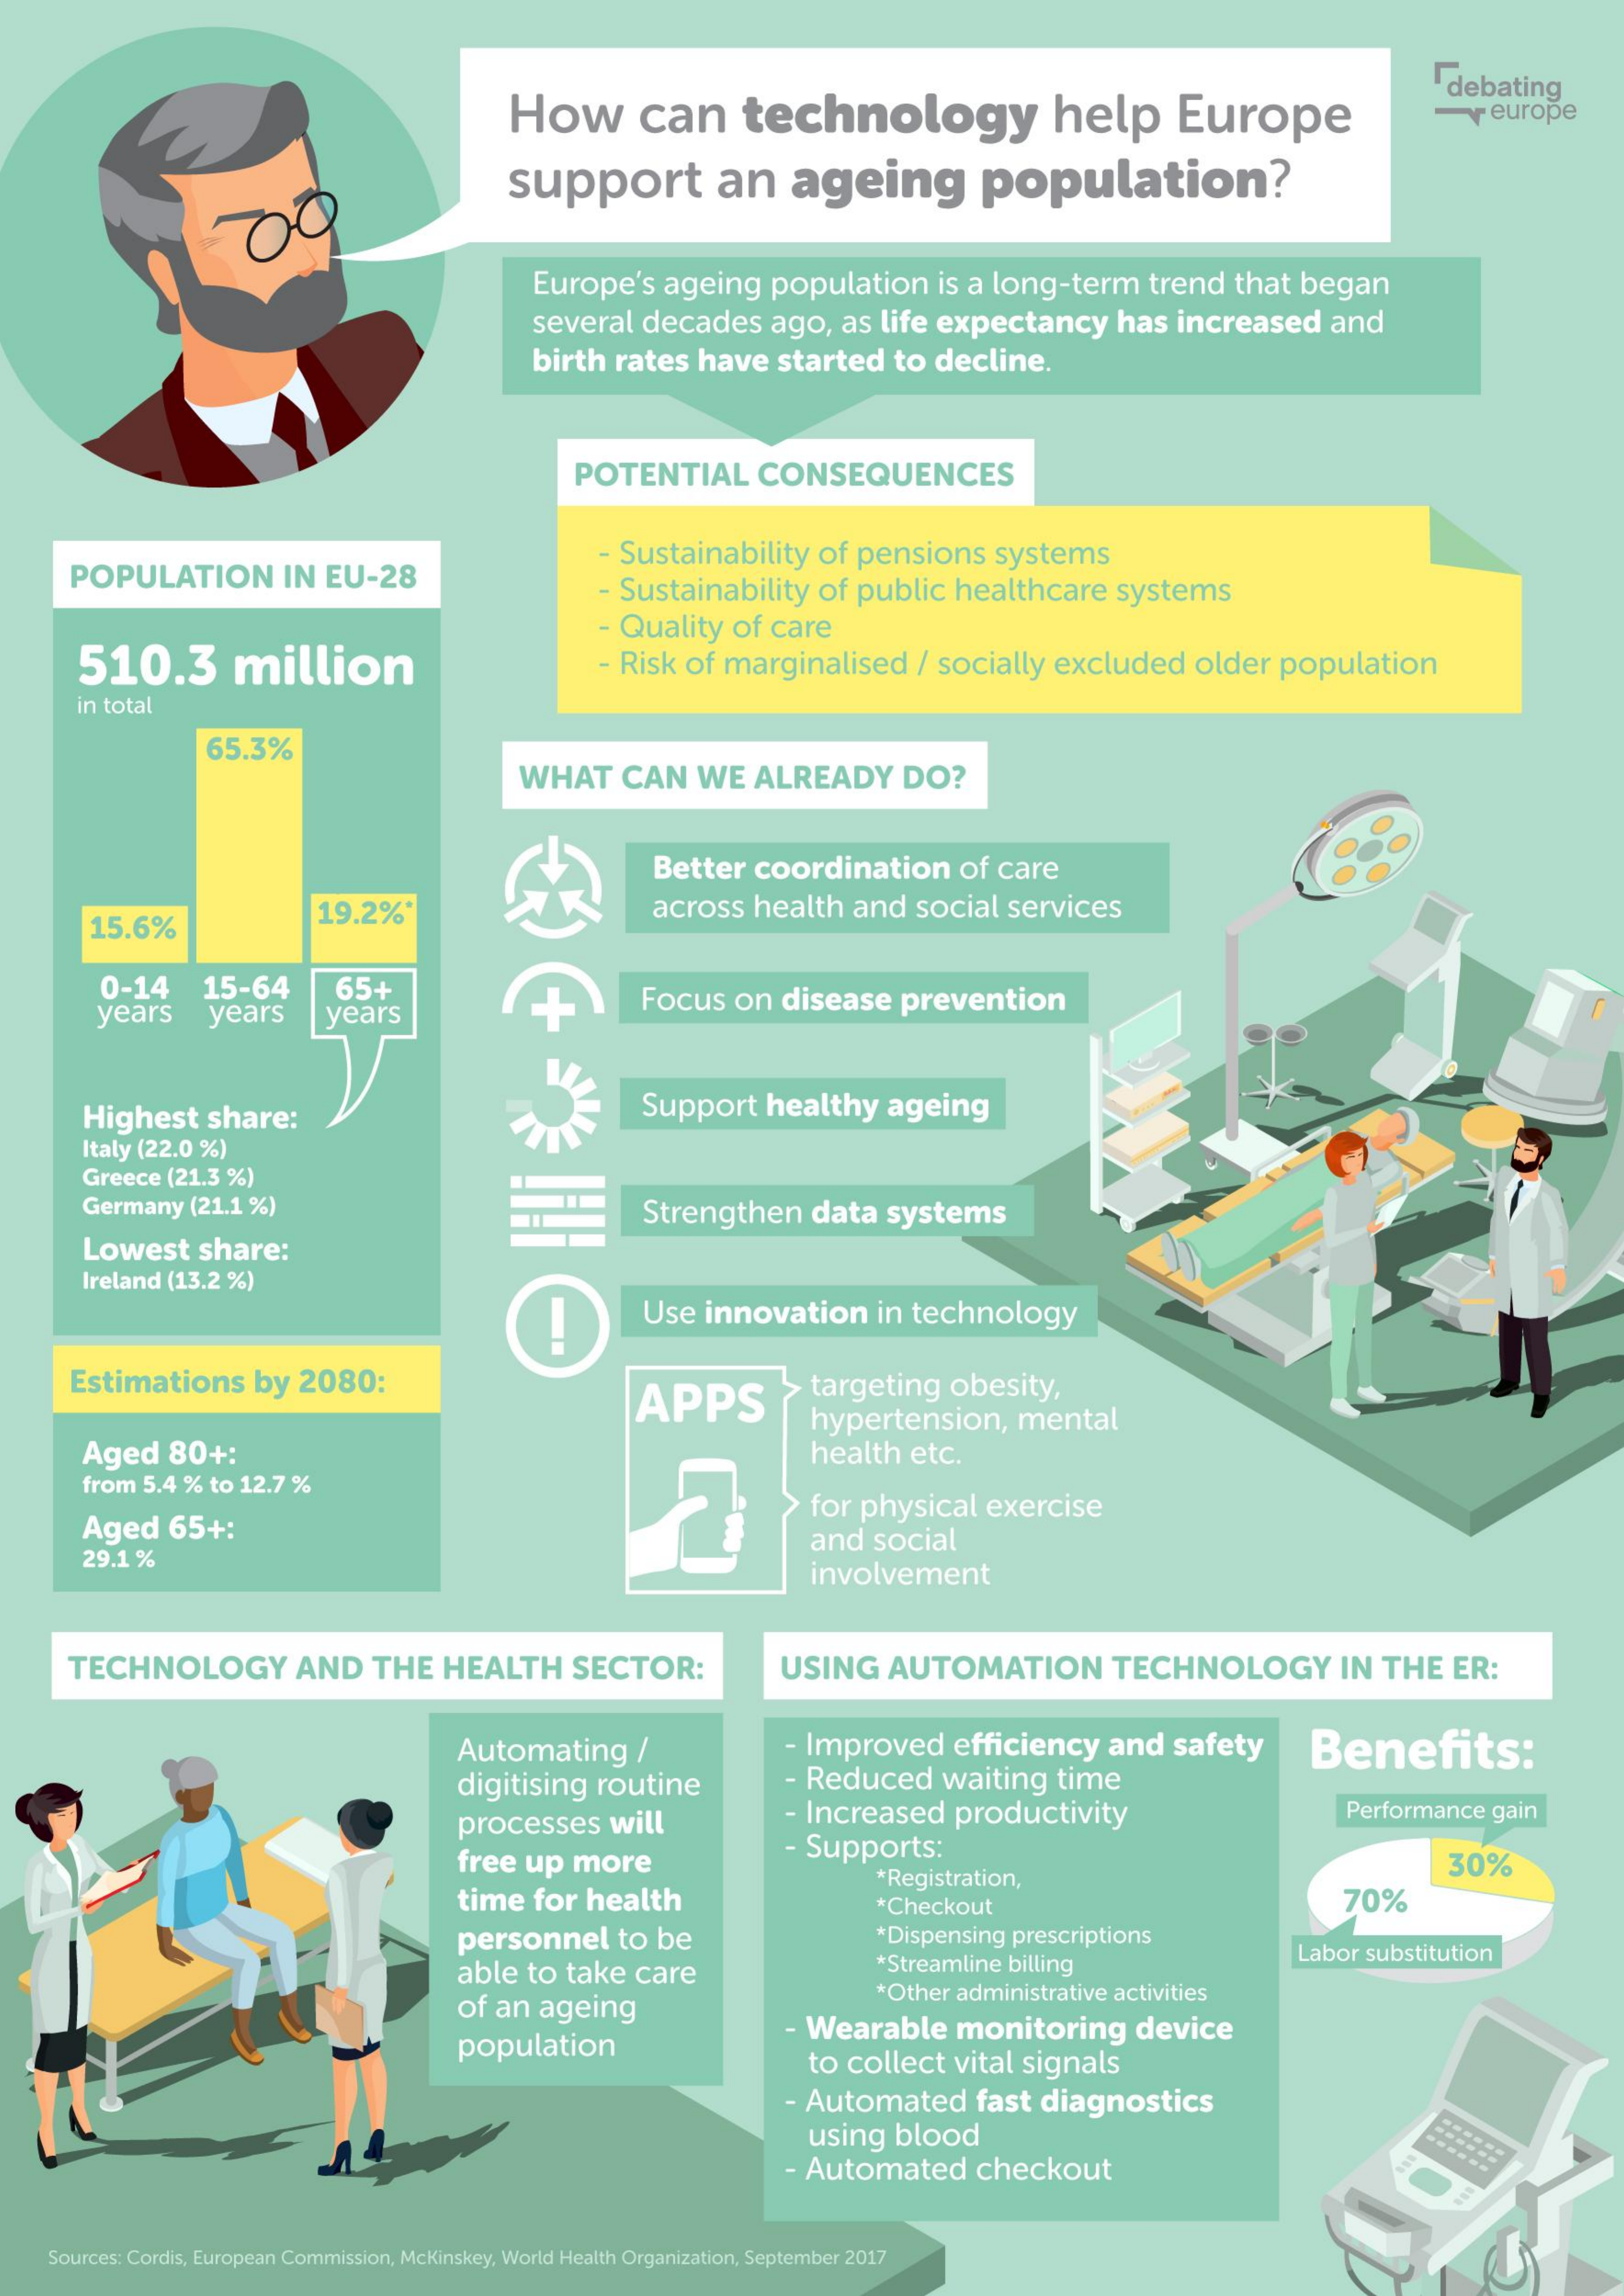
How    can    technology    help    Europe
     debating
     veurope
     support    an    ageing    population?
     Europe's    ageing    population    is a long-term    trend   that  began
     several   decades    ago,   as life  expectancy    has  increased    and
     birth   rates   have   started    to decline.
     POTENTIAL    CONSEQUENCES
     POPULATION    IN  EU-28
     - Sustainability    of  pensions    systems
     - Sustainability    of  public   healthcare    systems
     510.3    million
     - Quality    of  care
     - Risk  of marginalised    / socially   excluded    older   population
     in total
     65.3%
     WHAT    CAN    WE   ALREADY    DO?
     Better   coordination    of care
     15.6%
     19.2%*    across   health    and   social  services
     0-14    15-64
     years    years
     65+
     years
     Focus    on   disease    prevention
     Highest    share:    Support    healthy    ageing
     Italy (22.0 %)
     Greece  (21.3 %)
     Germany   (21.1 %)    Strengthen    data   systems
     Lowest    share:
     Ireland (13.2  %)
     !    Use  innovation    in technology
     Estimations    by   2080:
     APPS
     targeting    obesity,
     Aged    80+:
     hypertension,    mental
     health   etc.
     from  5.4 % to 12.7 %
     Aged    65+:
     for physical    exercise
     29.1 %
     and   social
     involvement
     TECHNOLOGY    AND    THE   HEALTH    SECTOR:    USING    AUTOMATION    TECHNOLOGY    IN  THE    ER:
     Automating    /    - Improved    efficiency    and   safety    Benefits:
     digitising   routine    - Reduced    waiting    time
     processes    will    - Increased    productivity    Performance   gain
     free  up   more    - Supports:
     *Registration,    30%
     time   for  health    *Checkout    70%
     personnel    to  be    *Dispensing  prescriptions
     able  to  take   care    *Streamline billing    Labor  substitution
     of an   ageing
     *Other  administrative activities
     population
     - Wearable    monitoring    device
     to  collect   vital  signals
     - Automated    fast   diagnostics
     using    blood
     - Automated    checkout
     Sources: Cordis, European Commission, McKinskey, World Health Organization, September 2017